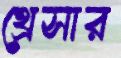
থ্রেসার